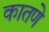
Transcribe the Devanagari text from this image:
कातणे